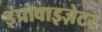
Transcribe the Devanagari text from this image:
इंप्रोवाइज़ेटर